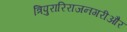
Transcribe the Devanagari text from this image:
त्रिपुरारिराजनगरीऔर